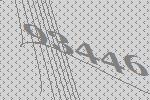
93446